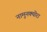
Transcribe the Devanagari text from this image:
नामुनक्योरा